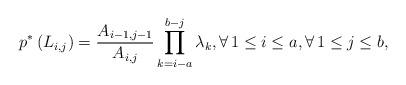
LaTeX: \begin{align*}p^*\left(L_{i,j}\right)=\frac{A_{i-1,j-1}}{A_{i,j}}\prod_{k=i-a}^{b-j}\lambda_k, \forall\, 1\leq i \leq a,\forall\, 1\leq j \leq b,\end{align*}